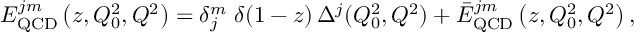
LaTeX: E _ { \mathrm { Q C D } } ^ { j m } \left( z , Q _ { 0 } ^ { 2 } , Q ^ { 2 } \right) = \delta _ { j } ^ { m } \; \delta ( 1 - z ) \, \Delta ^ { j } ( Q _ { 0 } ^ { 2 } , Q ^ { 2 } ) + \bar { E } _ { \mathrm { Q C D } } ^ { j m } \left( z , Q _ { 0 } ^ { 2 } , Q ^ { 2 } \right) ,